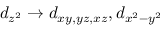
d _ { z ^ { 2 } } \rightarrow d _ { x y , y z , x z } , d _ { x ^ { 2 } - y ^ { 2 } }